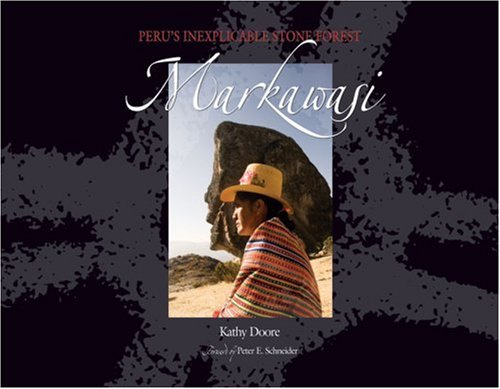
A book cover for Markawasi: Peru's Inexplicable Stone Forest; Kathy Doore; Travel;